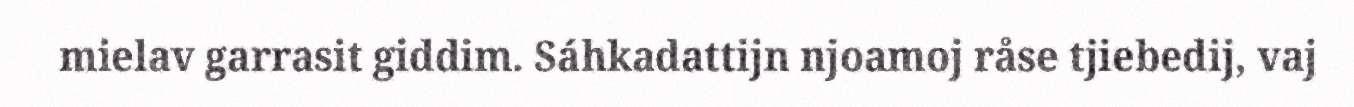
mielav garrasit giddim. Sáhkadattijn njoamoj råse tjiebedij, vaj